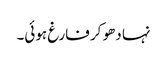
نہا دھو کر فارغ ہوئی۔